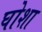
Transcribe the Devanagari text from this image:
घोशा